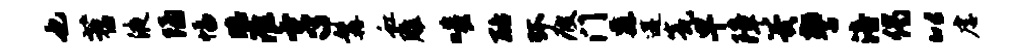
也苕液隔幅瞻淮亨髯虹雕嗤酪环疲门纛遘瓮早障翼警涪偈以虐